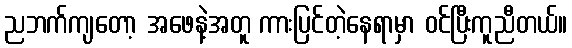
ညဘက်ကျတော့ အဖေနဲ့အတူ ကားပြင်တဲ့နေရာမှာ ဝင်ပြီးကူညီတယ်။